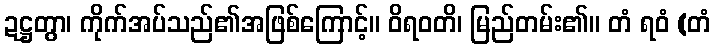
ဍဋ္ဌတွာ၊ ကိုက်အပ်သည်၏အဖြစ်ကြောင့်။ ဝိရဝတိ၊ မြည်တမ်း၏။ တံ ရဝံ (တံ